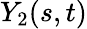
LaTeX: Y_{2}(s,t)